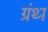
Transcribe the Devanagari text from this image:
ग्रंथ्‍ा